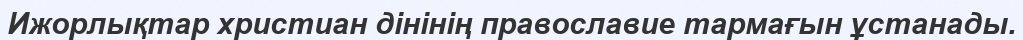
Ижорлықтар христиан дінінің православие тармағын ұстанады.